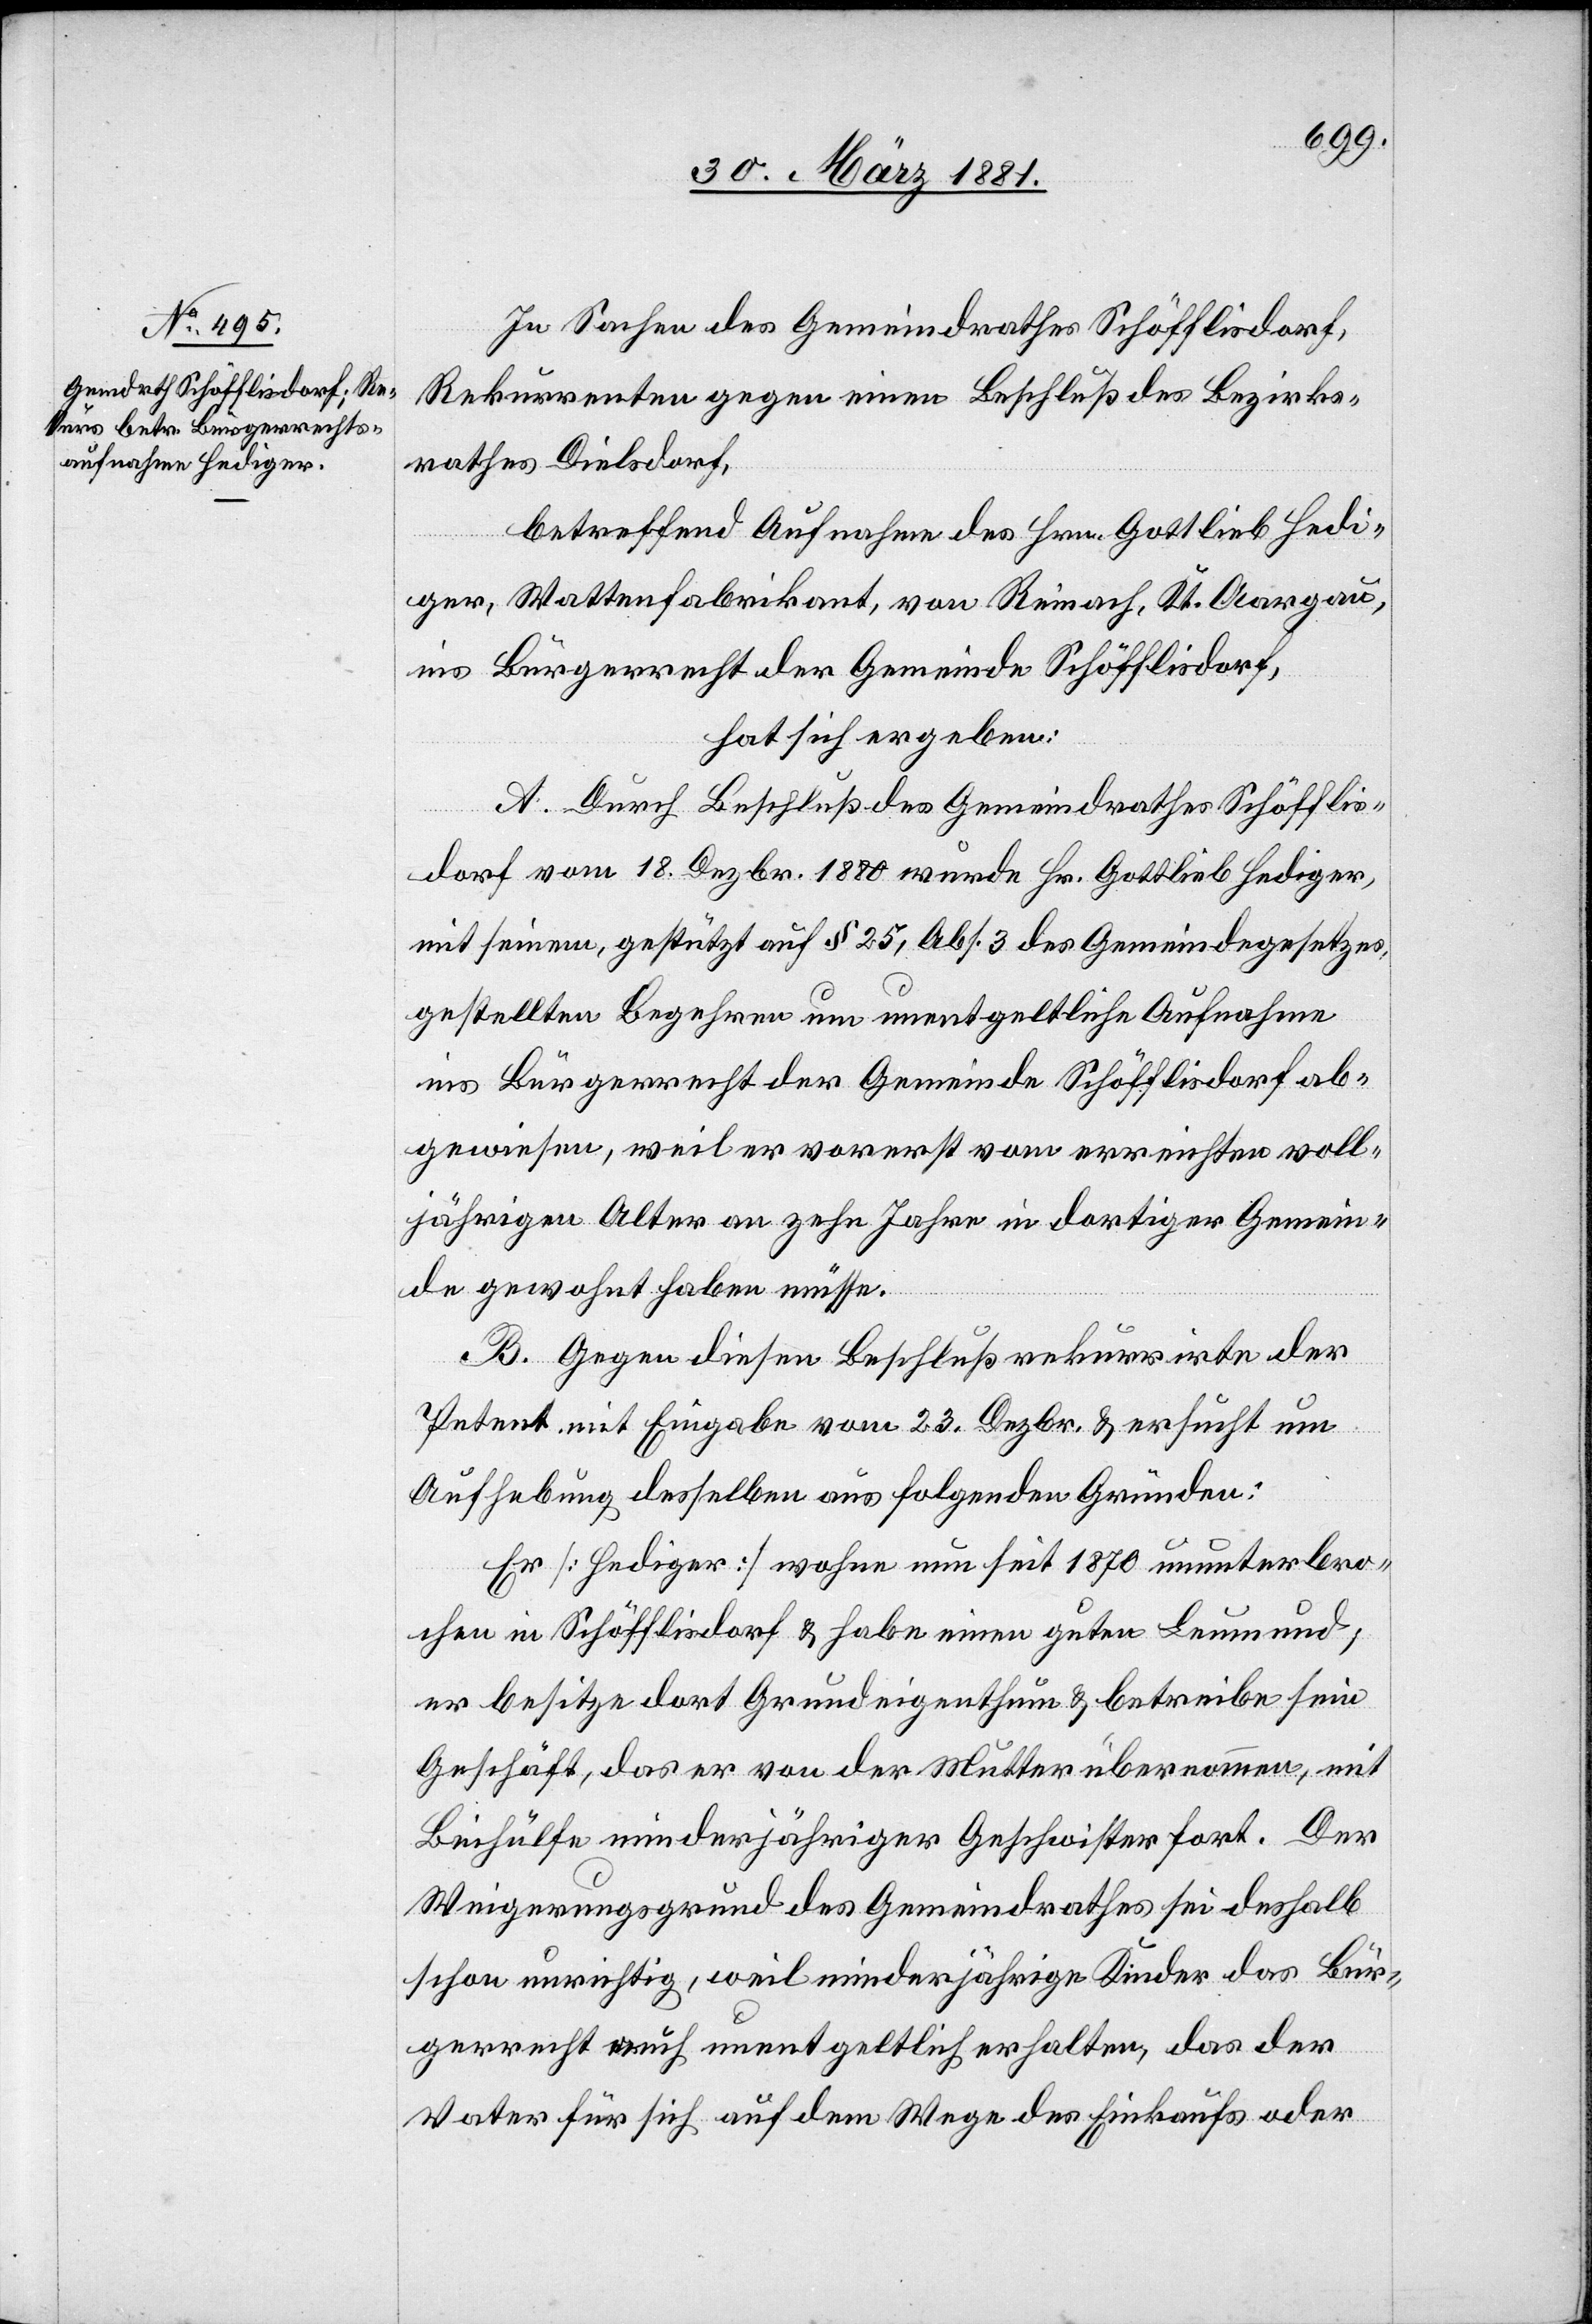
In Sachen des Gemeindrathes Schöfflisdorf,
Rekurrenten gegen einen Beschluß des Bezirks¬
rathes Dielsdorf,
betreffend Aufnahme des Hrn. Gottlieb Hedi¬
ger, Wattenfabrikant, von Reinach, Kt. Aargau,
ins Bürgerrecht der Gemeinde Schöfflisdorf,
hat sich ergeben:
A. Durch Beschluß des Gemeindrathes Schöfflis¬
dorf vom 18. Dezbr. 1880 wurde Hr. Gottlieb Hediger,
mit seinem, gestützt auf § 25, Abs. 3 des Gemeindegesetzes,
gestellten Begehren um unentgeltliche Aufnahme
ins Bürgerrecht der Gemeinde Schöfflisdorf ab¬
gewiesen, weil er vorerst vom erreichten voll¬
jährigen Alter an zehn Jahre in dortiger Gemein¬
de gewohnt haben müsse.
B. Gegen diesen Beschluß rekurrirte der
Petent mit Eingabe vom 23. Dezbr. & ersucht um
Aufhebung desselben aus folgenden Gründen:
Er [Hediger] wohne nun seit 1870 ununterbro¬
chen in Schöfflisdorf & habe einen guten Leumund;
er besitze dort Grundeigenthum & betreibe sein
Geschäft, das er von der Mutter übernommen, mit
Beihülfe minderjähriger Geschwister fort. Der
Weigerungsgrund des Gemeindrathes sei deshalb
schon unrichtig, weil minderjährige Kinder das Bür¬
gerrecht auch unentgeltlich erhalten, das der
Vater für sich auf dem Wege der Einkaufs oder